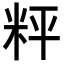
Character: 𥹒